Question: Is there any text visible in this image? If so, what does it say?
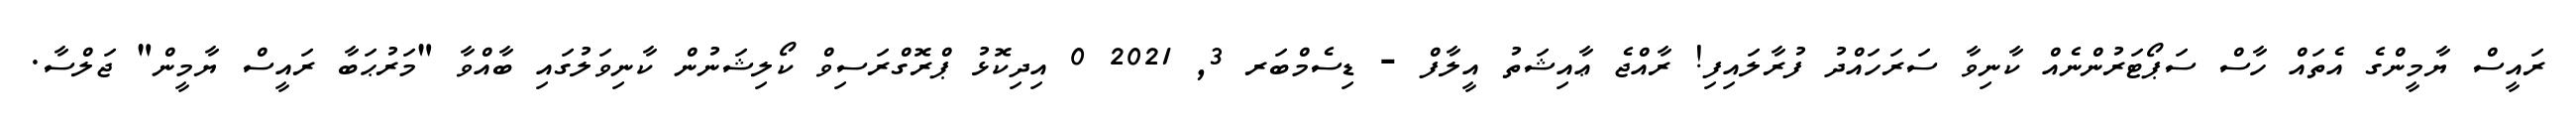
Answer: ރައީސް ޔާމީންގެ އެތައް ހާސް ސަޕޯޓަރުންނެއް ކާނިވާ ސަރަހައްދު ފުރާލައިފި! ރާއްޖެ ޢާއިޝަތު އީލާފް - ޑިސެމްބަރ 3, 2021 0 އިދިކޮޅު ޕްރޮގްރަސިވް ކޯލިޝަނުން ކާނިވަލުގައި ބާއްވާ "މަރުޙަބާ ރައީސް ޔާމީން" ޖަލްސާ.